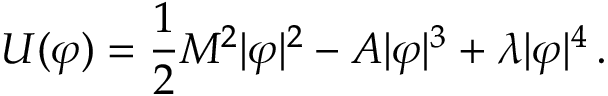
U ( \varphi ) = \frac { 1 } { 2 } M ^ { 2 } | \varphi | ^ { 2 } - A | \varphi | ^ { 3 } + \lambda | \varphi | ^ { 4 } \, .